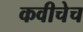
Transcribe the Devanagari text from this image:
कवीचेच